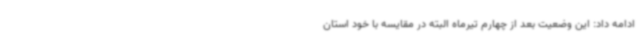
ادامه داد: این وضعیت بعد از چهارم تیرماه البته در مقایسه با خود استان